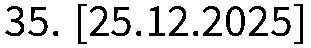
35. [25.12.2025]